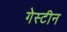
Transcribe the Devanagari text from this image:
गेस्टीन